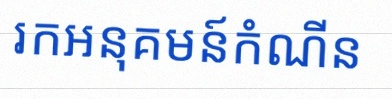
រកអនុគមន៍កំណើន